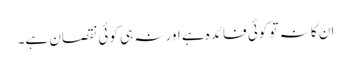
ان کا نہ تو کوئی فائدہ ہے اور نہ ہی کوئی نقصان ہے۔